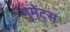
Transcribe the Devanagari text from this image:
मुमेंट्स